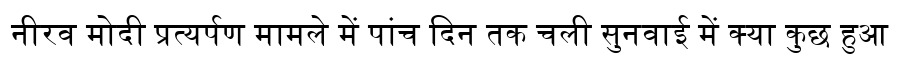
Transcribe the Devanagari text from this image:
नीरव मोदी प्रत्यर्पण मामले में पांच दिन तक चली सुनवाई में क्या कुछ हुआ